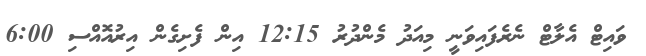
ވައިޓް އެލާޓް ނެރެފައިވަނީ މިއަދު މެންދުރު 12:15 އިން ފެށިގެން އިރުއޮއްސި 6:00